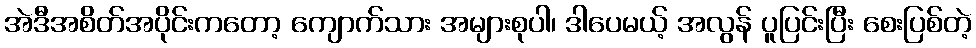
အဲဒီအစိတ်အပိုင်းကတော့ ကျောက်သား အများစုပါ၊ ဒါပေမယ့် အလွန် ပူပြင်းပြီး စေးပြစ်တဲ့